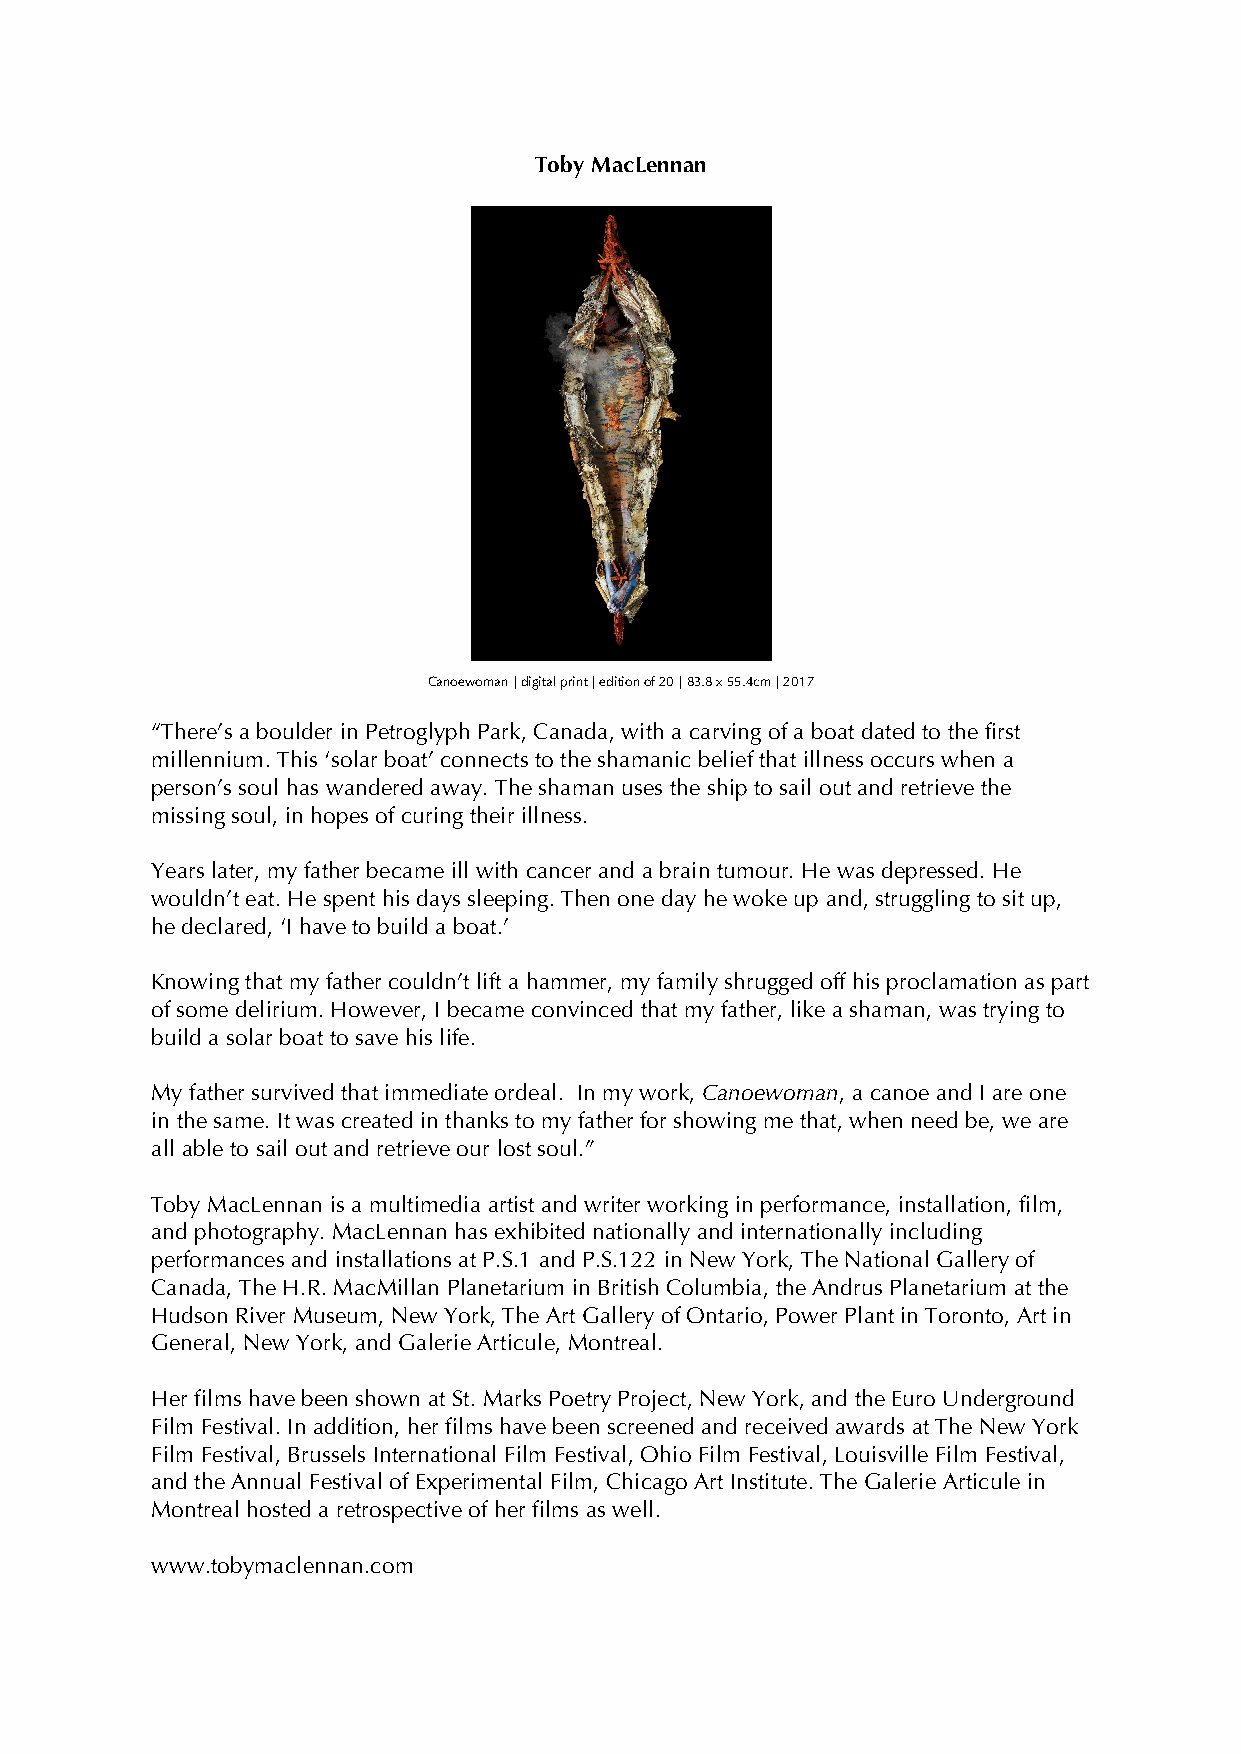
Toby MacLennan
 Canoewoman | digital print | edition of 20 | 83.8 x 55.4cm | 2017
 “There’s a boulder in Petroglyph Park, Canada, with a carving of a boat dated to the first
 millennium. This ‘solar boat’ connects to the shamanic belief that illness occurs when a
 person’s soul has wandered away. The shaman uses the ship to sail out and retrieve the
 missing soul, in hopes of curing their illness.
 Years later, my father became ill with cancer and a brain tumour. He was depressed. He
 wouldn’t eat. He spent his days sleeping. Then one day he woke up and, struggling to sit up,
 he declared, ‘I have to build a boat.’
 Knowing that my father couldn’t lift a hammer, my family shrugged off his proclamation as part
 of some delirium. However, I became convinced that my father, like a shaman, was trying to
 build a solar boat to save his life.
 My father survived that immediate ordeal. In my work, Canoewoman, a canoe and I are one
 in the same. It was created in thanks to my father for showing me that, when need be, we are
 all able to sail out and retrieve our lost soul.”
 Toby MacLennan is a multimedia artist and writer working in performance, installation, film,
 and photography. MacLennan has exhibited nationally and internationally including
 performances and installations at P.S.1 and P.S.122 in New York, The National Gallery of
 Canada, The H.R. MacMillan Planetarium in British Columbia, the Andrus Planetarium at the
 Hudson River Museum, New York, The Art Gallery of Ontario, Power Plant in Toronto, Art in
 General, New York, and Galerie Articule, Montreal.
 Her films have been shown at St. Marks Poetry Project, New York, and the Euro Underground
 Film Festival. In addition, her films have been screened and received awards at The New York
 Film Festival, Brussels International Film Festival, Ohio Film Festival, Louisville Film Festival,
 and the Annual Festival of Experimental Film, Chicago Art Institute. The Galerie Articule in
 Montreal hosted a retrospective of her films as well.
 www.tobymaclennan.com